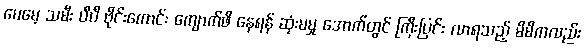
မေမေ့ သမီး ပီပီ ဗိုင်းကောင်း ကျောက်ဖိ နေရန် ဆုံးမမှု အောက်တွင် ကြီးပြင်း လာရသည့် မိမိကလည်း